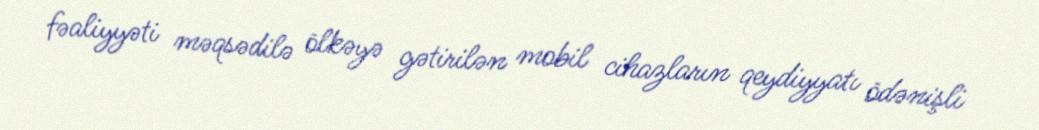
fəaliyyəti məqsədilə ölkəyə gətirilən mobil cihazların qeydiyyatı ödənişli